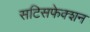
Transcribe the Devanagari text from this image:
सटिसफेक्शन